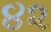
૪૨